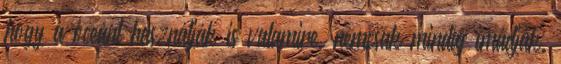
hogy a óceánt használják is valamire, nemcsak mindíg imádják.